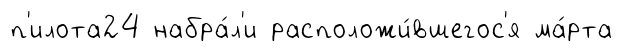
п'илота24 набра́л'и расположи́вшегос'я ма́рта